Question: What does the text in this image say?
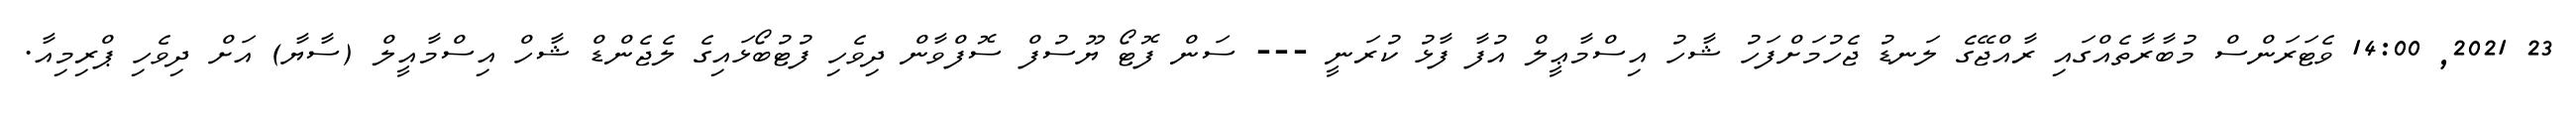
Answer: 23 2021, 14:00 ވެޓަރަންސް މުބާރާތެއްގައި ރާއްޖޭގެ ލަނޑު ޖެހުމަށްފަހު ޝާހު އިސްމާޢީލް އުފާ ފާޅު ކުރަނީ --- ސަން ފޮޓޯ ޔޫސުފް ސޮފްވާން ދިވެހި ފުޓުބޯޅައިގެ ލެޖެންޑް ޝާހް އިސްމާއީލް (ސާޔާ) އަށް ދިވެހި ޕްރިމިއާ.